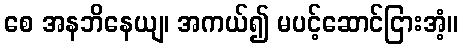
စေ အနဘိနေယျ၊ အကယ်၍ မပင့်ဆောင်ငြားအံ့။